Indian journal of veterinary science and animal husbandry - Volumes 18-21, 1948-1951
Year: 1948
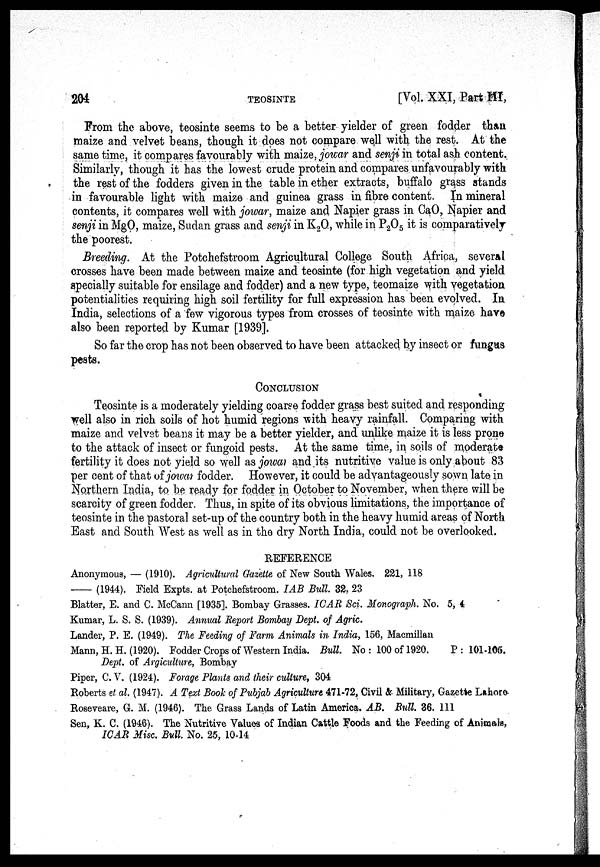
204
TEOSINTE
[Vol. XXI, Part III,
From the above, teosinte seems to be a better yielder of green fodder than
maize and velvet beans, though it does not compare well with the rest. At the
same time, it compares favourably with maize, jowar and senji in total ash content.
Similarly, though it has the lowest crude protein and compares unfavourably with
the rest of the fodders given in the table in ether extracts, buffalo grass stands
in favourable light with maize and guinea grass in fibre content. In mineral
contents, it compares well with jowar, maize and Napier grass in CaO, Napier and
senji in MgO, maize, Sudan grass and senji in K 2 O, while in P 2 O 5 it is comparatively
the poorest.
Breeding. At the Potchefstroom Agricultural College South Africa, several
crosses have been made between maize and teosinte (for high vegetation and yield
specially suitable for ensilage and fodder) and a new type, teomaize with vegetation
potentialities requiring high soil fertility for full expression has been evolved. In
India, selections of a few vigorous types from crosses of teosinte with maize have
also been reported by Kumar [1939].
So far the crop has not been observed to have been attacked by insect or fungus
pests.
CONCLUSION
Teosinte is a moderately yielding coarse fodder grass best suited and responding
well also in rich soils of hot humid regions with heavy rainfall. Comparing with
maize and velvet beans it may be a better yielder, and unlike maize it is less prone
to the attack of insect or fungoid pests. At the same time, in soils of moderate
fertility it does not yield so well as jowar and its nutritive value is only about 83
per cent of that of jowar fodder. However, it could be advantageously sown late in
Northern India, to be ready for fodder in October to November, when there will be
scarcity of green fodder. Thus, in spite of its obvious limitations, the importance of
teosinte in the pastoral set-up of the country both in the heavy humid areas of North
East and South West as well as in the dry North India, could not be overlooked.
REFERENCE
Anonymous, — (1910). Agricultural Gazette of New South Wales. 221, 118
—(1944).
Field Expts. at Potchefstroom. IAB Bull. 32, 23
Blatter, E. and C. McCann [1935]. Bombay Grasses. ICAR Sci. Monograph. No. 5, 4
Kumar, L. S. S. (1939). Annual Report Bombay Dept. of Agric.
Lander, P. E. (1949). The Feeding of Farm Animals in India, 156, Macmillan
Mann, H. H. (1920). Fodder Crops of Western India. Bull. No: 100 of 1920.
P: 101-105.
Dept. of Argiculture, Bombay
Piper, C. V. (1924). Forage Plants and their culture, 304
Roberts et al. (1947). A Text Book of Pubjab Agriculture 471-72, Civil & Military, Gazette Lahore
Roseveare, G. M. (1946). The Grass Lands of Latin America. AB. Bull. 36. III
Sen, K. C. (1946). The Nutritive Values of Indian Cattle Foods and the Feeding of Animals,
ICAR Misc. Bull. No. 25, 10-14